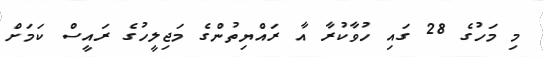
މި މަހުގެ 28 ގައި ހުވާކުރާ އާ ރައްޔިތުންގެ މަޖިލީހުގެ ރައީސް ކަމަށް